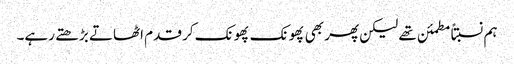
ہم نسبتاً مطمئن تھے لیکن پھر بھی پھونک پھونک کر قدم اٹھاتے بڑھتے رہے۔